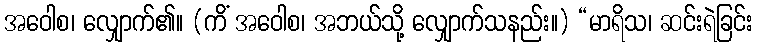
အဝေါစ၊ လျှောက်၏။ (ကိံ အဝေါစ၊ အဘယ်သို့ လျှောက်သနည်း။) “မာရိသ၊ ဆင်းရဲခြင်း